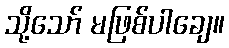
သို့သော် မဖြစ်ပါချေ။